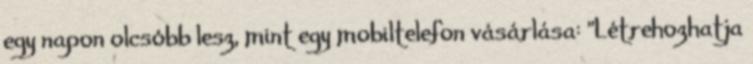
egy napon olcsóbb lesz, mint egy mobiltelefon vásárlása: "Létrehozhatja